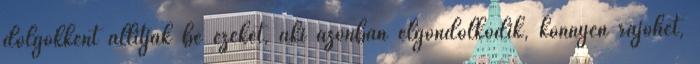
dolgokként állítják be ezeket, aki azonban elgondolkodik, könnyen rájöhet,